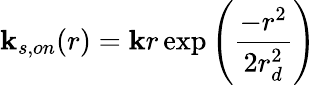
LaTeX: \mathbf{k}_{s,on}(r)=\mathbf{k}r\exp{\left(\frac{{-r^{2}}}{{2r_{d}^{2}}}\right)}